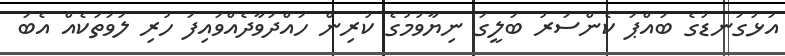
އަޅުގަނޑުގެ ބައްޕަ ކެންސަރު ބަލީގަ ނިޔާވުމުގެ ކުރިން ހައްދަވާދެއްވައިފަ ހުރި ލަވަތަކެއް އެބަ